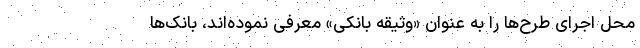
محل اجرای طرح‌ها را به عنوان «وثیقه بانکی» معرفی نموده‌اند، بانک‌ها